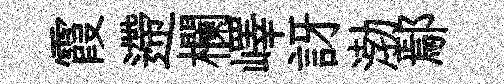
霞遰欄嶧訝渤鄢